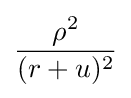
{\frac {\rho ^{2}}{(r+u)^{2}}}